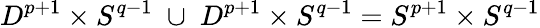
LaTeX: D^{p+1}\times S^{q-1}\; \cup\; D^{p+1}\times S^{q-1}=S^{p+1}\times S^{q-1}